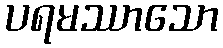
ပရမဿာသော